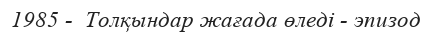
1985 -  Толқындар жағада өледі - эпизод